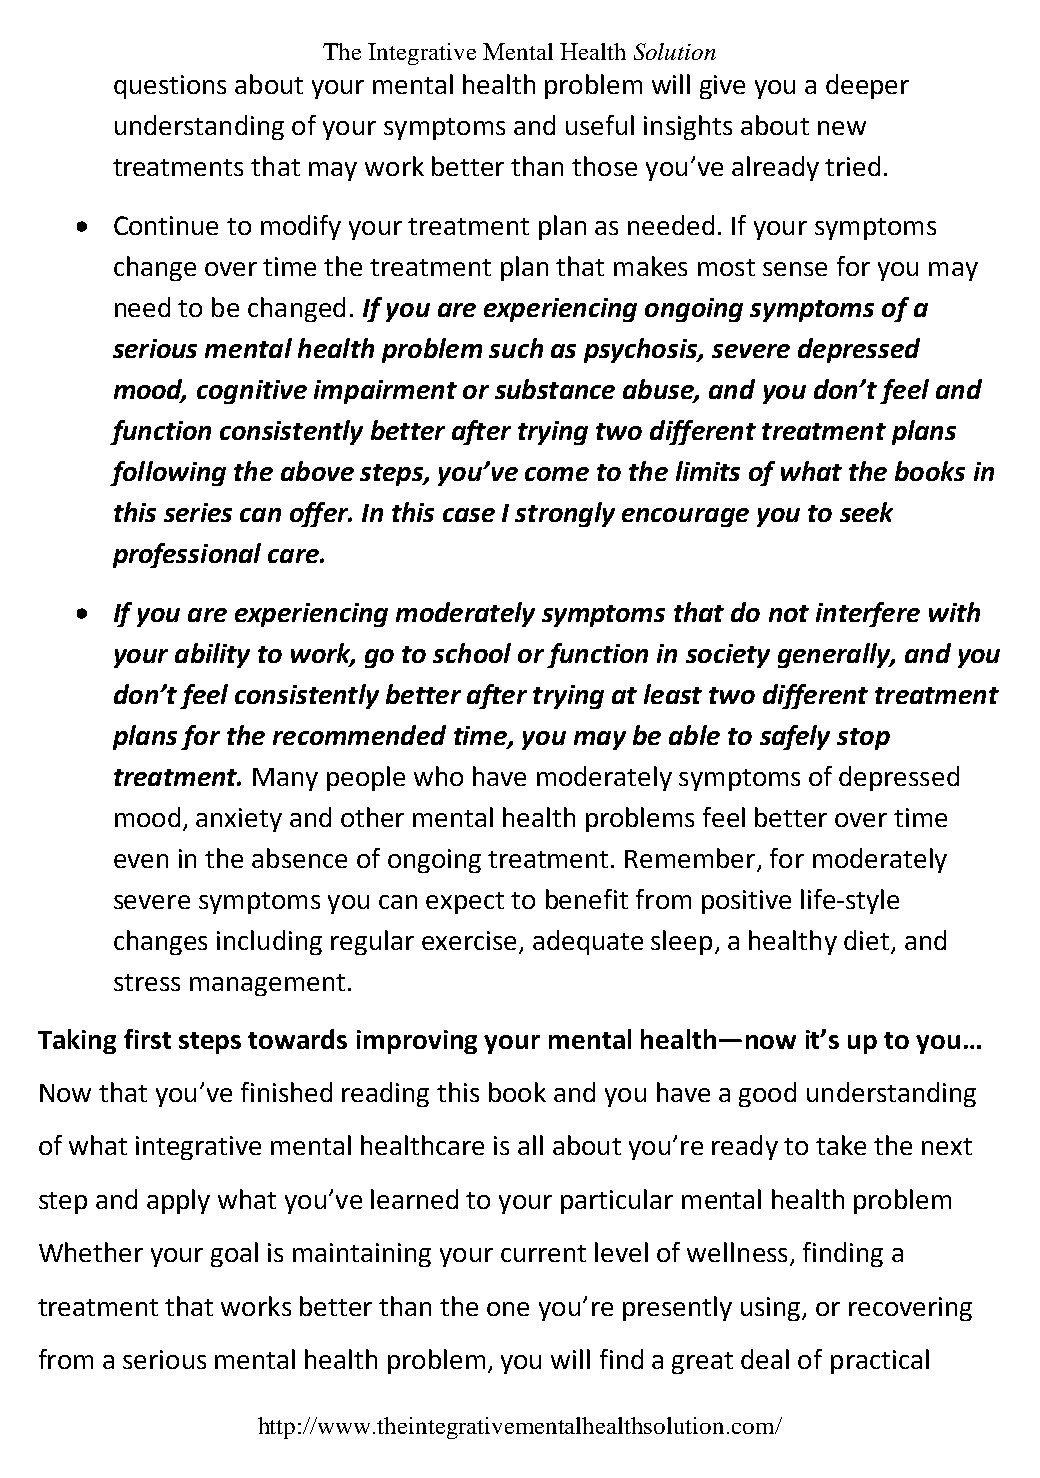
The Integrative Mental Health Solution
 questions about your mental health problem will give you a deeper
 understanding of your symptoms and useful insights about new
 treatments that may work better than those you’ve already tried.
  Continue to modify your treatment plan as needed. If your symptoms
 change over time the treatment plan that makes most sense for you may
 need to be changed. If you are experiencing ongoing symptoms of a
 serious mental health problem such as psychosis, severe depressed
 mood, cognitive impairment or substance abuse, and you don’t feel and
 function consistently better after trying two different treatment plans
 following the above steps, you’ve come to the limits of what the books in
 this series can offer. In this case I strongly encourage you to seek
 professional care.
  If you are experiencing moderately symptoms that do not interfere with
 your ability to work, go to school or function in society generally, and you
 don’t feel consistently better after trying at least two different treatment
 plans for the recommended time, you may be able to safely stop
 treatment. Many people who have moderately symptoms of depressed
 mood, anxiety and other mental health problems feel better over time
 even in the absence of ongoing treatment. Remember, for moderately
 severe symptoms you can expect to benefit from positive life-style
 changes including regular exercise, adequate sleep, a healthy diet, and
 stress management.
 Taking first steps towards improving your mental health—now it’s up to you…
 Now  that you’ve finished reading this book and you have a good understanding
 of what integrative mental healthcare is all about you’re ready to take the next
 step and apply what you’ve learned to your particular mental health problem
 Whether your goal is maintaining your current level of wellness, finding a
 treatment that works better than the one you’re presently using, or recovering
 from a serious mental health problem, you will find a great deal of practical
 http://www.theintegrativementalhealthsolution.com/